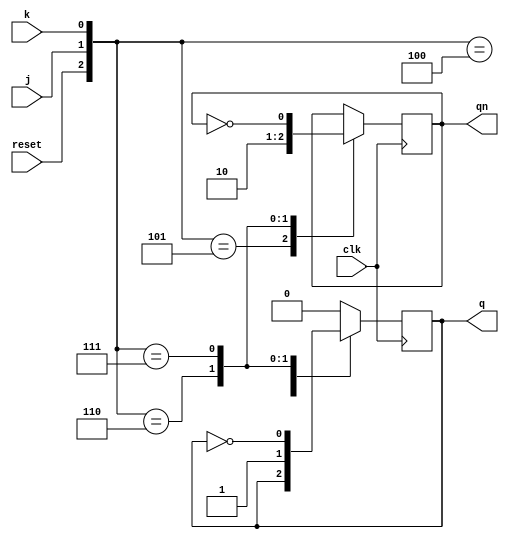
module JKsync(j,k,clk,reset,q,qn);

input j,k,clk,reset;
output q,qn;

reg q,qn;

always@(negedge clk)
begin
	case({reset,j,k})
	3'b 100:begin q<=q;qn=qn; end
	3'b 101:begin q<=0;qn=1; end
	3'b 110:begin q<=1;qn=0; end
	3'b 111:begin q<=(~q);qn=(~qn);end
	default
	q<=0;
	endcase
	
	end
endmodule